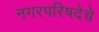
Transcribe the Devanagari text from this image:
नगरपरिषदेचे